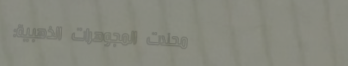
محلات المجوهرات الذهبية: